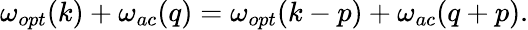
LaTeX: \begin{array}{r}{\omega_{opt}(k)+\omega_{ac}(q)=\omega_{opt}(k-p)+\omega_{ac}(q+p).}\end{array}